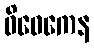
ဝိဝေကေန